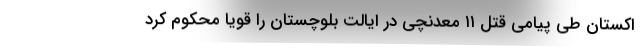
اکستان طی پیامی قتل ۱۱ معدنچی در ایالت بلوچستان را قویاً محکوم کرد